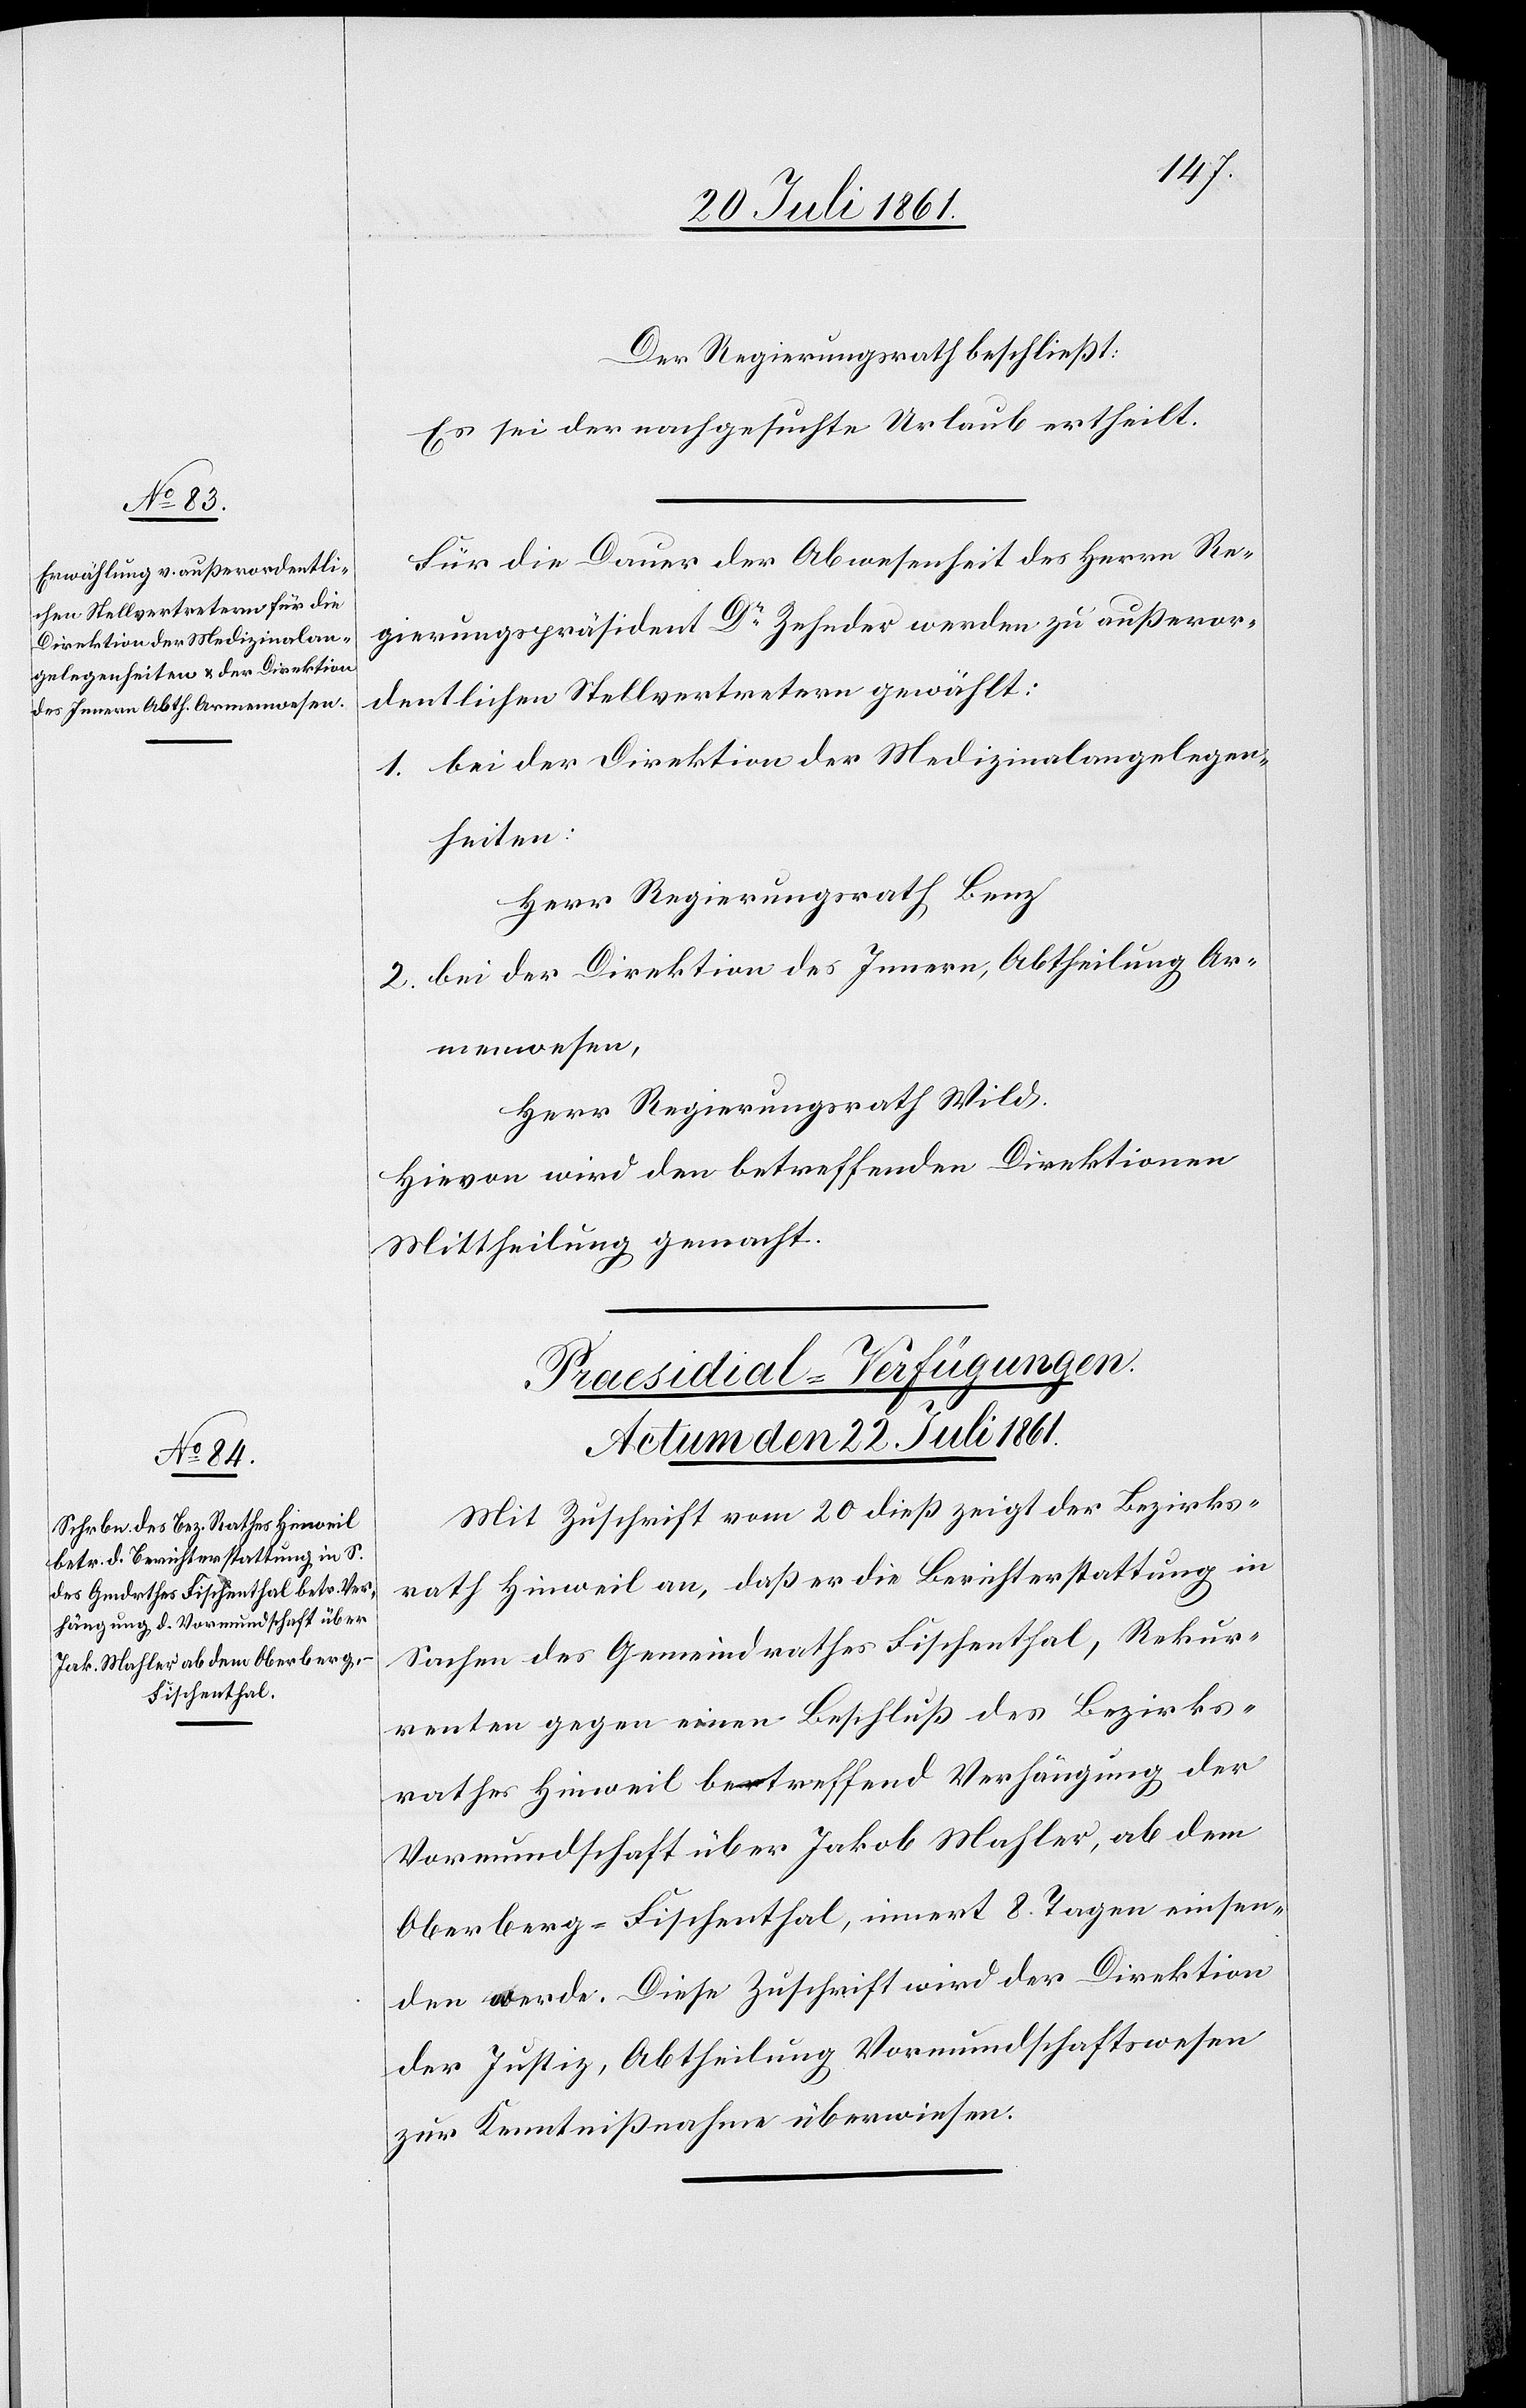
Der Regierungsrath beschließt:
Es sei der nachgesuchte Urlaub ertheilt.
Für die Dauer der Abwesenheit des Herrn Re¬
gierungspräsident Dr Zehnder werden zu außeror¬
dentlichen Stellvertretern gewählt:
1. bei der Direktion der Medizinalangelegen¬
heiten:
Herr Regierungsrath Benz
2. bei der Direktion des Innern, Abtheilung Ar¬
menwesen,
Herr Regierungsrath Wild.
Hievon wird den betreffenden Direktionen
Mittheilung gemacht.
Präsidial-Verfügungen.
Actum den 22 Juli 1861.
Mit Zuschrift vom 20 dieß zeigt der Bezirks¬
rath Hinweil an, daß er die Berichterstattung in
Sachen des Gemeindrathes Fischenthal, Rekur¬
renten gegen einen Beschluß des Bezirks¬
rathes Hinweil betreffend Verhängung der
Vormundschaft über Jakob Mahler, ab dem
Ober-Fischenthal, innert 8 Tagen einsen¬
den werde. Diese Zuschrift wird der Direktion
der Justiz, Abtheilung Vormundschaftswesen
zur Kenntnißnahme überwiesen.